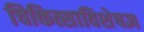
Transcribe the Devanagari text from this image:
चिकित्साविशेषज्ञ